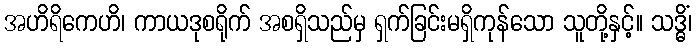
အဟိရိကေဟိ၊ ကာယဒုစရိုက် အစရှိသည်မှ ရှက်ခြင်းမရှိကုန်သော သူတို့နှင့်။ သဒ္ဓိံ၊